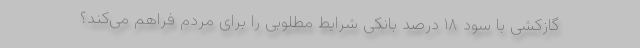
گازکشی با سود ۱۸ درصد بانکی شرایط مطلوبی را برای مردم فراهم می‌کند؟